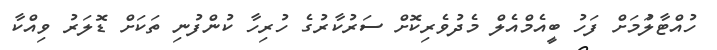
ހުއްޓާލުަމަށް ފަހު ބީއެމްއެލް މެދުވެރިކޮށް ސަރުކާރުގެ ހުރިހާ ކުންފުނި ތަކަށް ޑޮލަރު ވިއްކާ